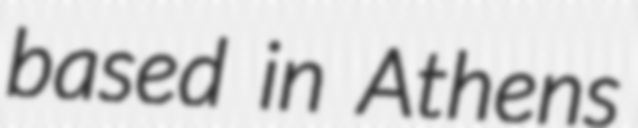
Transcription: based in Athens